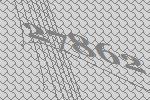
27862